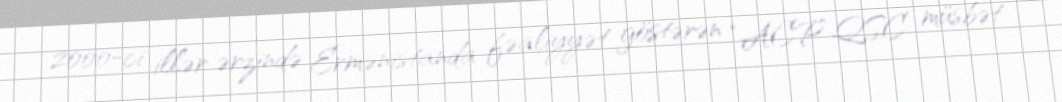
2000-ci illər ərzində Ermənistanda fəaliyyət göstərən “ACP” QSC müsbət